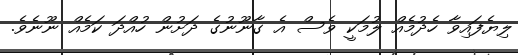
ލިޔެފައިވާ ހެދުމެއް ލުމަކީ ވެސް އެ ގާނޫނުގެ ދަށުން ހުއްދަ ކަމެއް ނޫނެވެ.